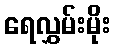
ရေလွှမ်းမိုး